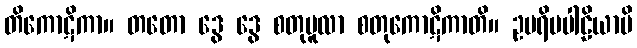
တိကောဋိကာ။ တတော ဒွေ ဒွေ စတုမူလာ စတုကောဋိကာတိ။ ဥပရိမပါဠိယာပိ